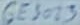
Text: GE3023